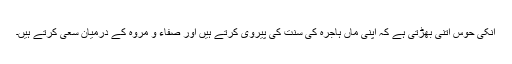
انکی حوس اتنی بھڑتی ہے کہ اپنی ماں ہاجرہ کی سنت کی پیروی کرتے ہیں اور صفاء و مروہ کے درمیان سعی کرتے ہیں۔